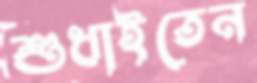
শুধাইতেন